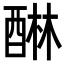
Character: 醂